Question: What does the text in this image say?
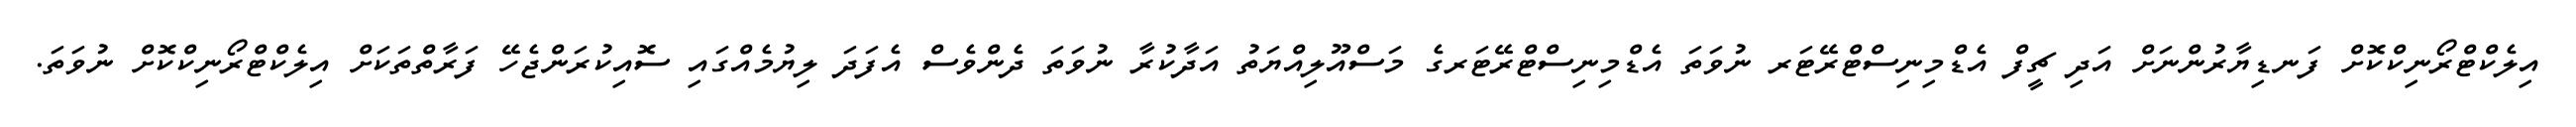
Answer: އިލެކްޓްރޯނިކްކޮށް ފަނޑިޔާރުންނަށް އަދި ޗީފް އެޑްމިނިސްޓްރޭޓަރ ނުވަތަ އެޑްމިނިސްޓްރޭޓަރގެ މަސްއޫލިއްޔަތު އަދާކުރާ ނުވަތަ ދެންވެސް އެފަދަ ލިޔުމެއްގައި ސޮއިކުރަންޖެހޭ ފަރާތްތަކަށް އިލެކްޓްރޯނިކްކޮށް ނުވަތަ.